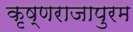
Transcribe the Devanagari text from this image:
कृष्णराजापुरम